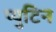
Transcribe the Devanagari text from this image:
प्युटिन